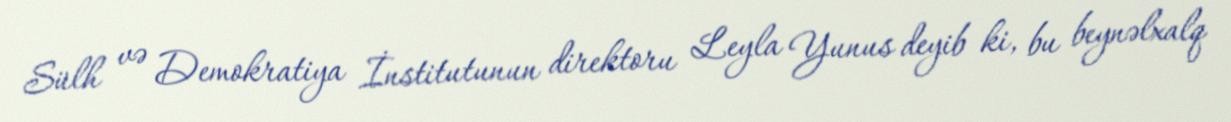
Sülh və Demokratiya İnstitutunun direktoru Leyla Yunus deyib ki, bu beynəlxalq